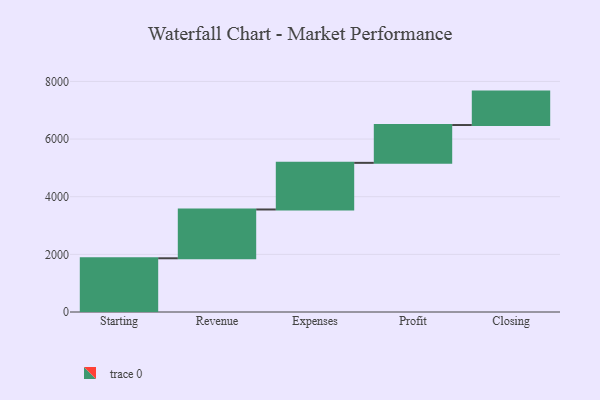
{"axis": {"x": "Step", "y": "Value"}, "legend": [""], "data": [{"x": "Starting", "y": 1864.0, "type": ""}, {"x": "Revenue", "y": 1693.0, "type": ""}, {"x": "Expenses", "y": 1618.0, "type": ""}, {"x": "Profit", "y": 1312.0, "type": ""}, {"x": "Closing", "y": 1160.0, "type": ""}]}